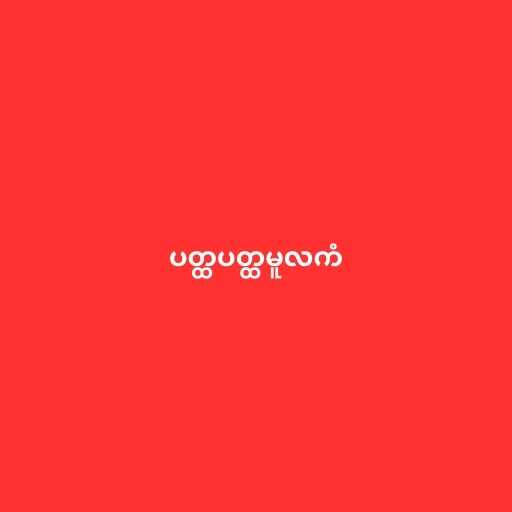
ပတ္ထပတ္ထမူလကံ